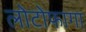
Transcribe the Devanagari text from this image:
लोटोफागा